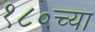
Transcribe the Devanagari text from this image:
१८०च्या